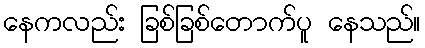
နေကလည်း ခြစ်ခြစ်တောက်ပူ နေသည်။